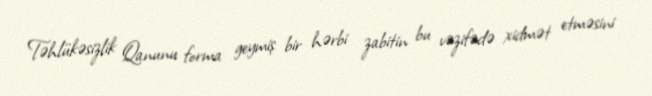
Təhlükəsizlik Qanunu forma geymiş bir hərbi zabitin bu vəzifədə xidmət etməsini